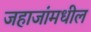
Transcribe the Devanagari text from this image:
जहाजांमधील